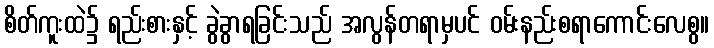
စိတ်ကူးထဲ၌ ရည်းစားနှင့် ခွဲခွာရခြင်းသည် အလွန်တရာမှပင် ဝမ်းနည်းစရာကောင်းလေစွ။